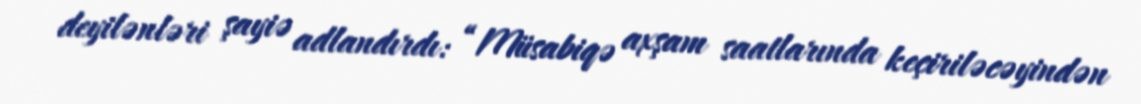
deyilənləri şayiə adlandırdı: “Müsabiqə axşam saatlarında keçiriləcəyindən